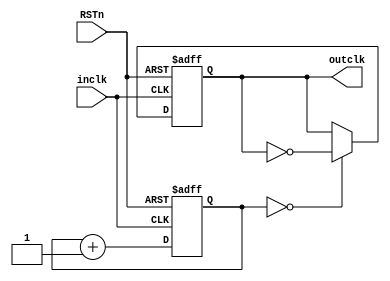
module slowclock(inclk,RSTn,outclk);
	input inclk, RSTn;
	output outclk;
	reg outclk;
	parameter DELAYCONST = 3;
	reg [DELAYCONST-1 :0] counter;
	always @(posedge inclk or negedge RSTn) begin
		if (!RSTn) begin
			counter <= 0;
			outclk <= 0;
		end
		else begin
			if(counter == 0) begin
				outclk <= ~outclk;
			end
			counter <= counter + 1;
		end
	end
endmodule